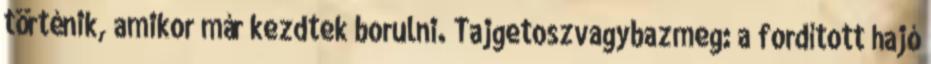
történik, amikor már kezdtek borulni. Tajgetoszvagybazmeg: a fordított hajó